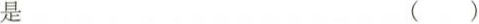
是 ( )